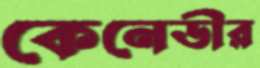
কেনেডীর